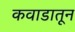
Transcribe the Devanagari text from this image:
कवाडातून